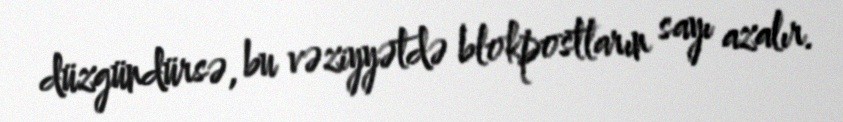
düzgündürsə, bu vəziyyətdə blokpostların sayı azalır.